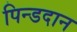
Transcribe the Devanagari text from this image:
पिन्डदान